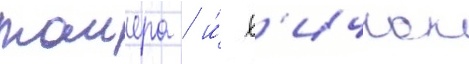
таиера / и́ х'ичкок